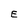
Character: E